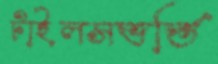
টাইলসভর্তি